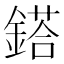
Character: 鎝